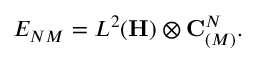
E _ { N M } = L ^ { 2 } ( { \bf H } ) \otimes { \bf C } _ { ( M ) } ^ { N } .